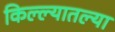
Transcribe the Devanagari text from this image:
किल्ल्यातल्या